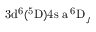
\mathrm { 3 d ^ { 6 } ( ^ { 5 } D ) 4 s \ a \, ^ { 6 } D } _ { J }